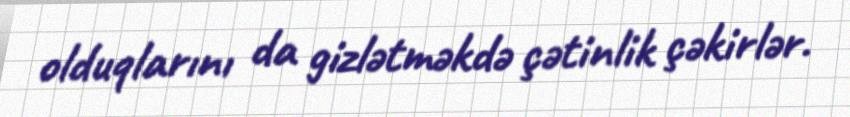
olduqlarını da gizlətməkdə çətinlik çəkirlər.